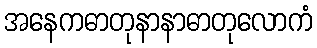
အနေကဓာတုနာနာဓာတုလောကံ